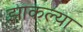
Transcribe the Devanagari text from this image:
झाकल्या